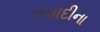
લવાદીના